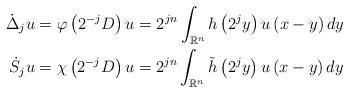
LaTeX: \begin{align*}\dot{\Delta}_{j}u & =\varphi\left( 2^{-j}D\right) u=2^{jn}\int_{\mathbb{R}^{n}}h\left( 2^{j}y\right) u\left( x-y\right) dy\\\dot{S}_{j}u & =\chi\left( 2^{-j}D\right) u=2^{jn}\int_{\mathbb{R}^{n}}\tilde{h}\left( 2^{j}y\right) u\left( x-y\right) dy\end{align*}